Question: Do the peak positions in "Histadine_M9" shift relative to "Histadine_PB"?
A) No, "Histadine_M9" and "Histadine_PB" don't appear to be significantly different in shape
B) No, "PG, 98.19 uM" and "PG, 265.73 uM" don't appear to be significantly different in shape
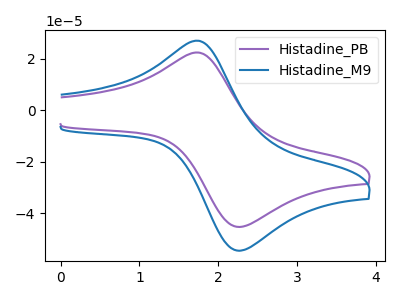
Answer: <think>The purple curve "Histadine_PB" has an anodic peak at (1.75V, 22.50uA) and a cathodic peak at (2.20V, -45.05uA). The blue curve "Histadine_M9" has an anodic peak at (1.75V, 27.05uA) and a cathodic peak at (2.20V, -54.25uA).
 All the peaks in "Histadine_M9" have a peak in "Histadine_PB" at the same potential. Every peak in "Histadine_M9" is higher than every peak in "Histadine_PB".</think>
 <answer>A) No, "Histadine_M9" and "Histadine_PB" don't appear to be significantly different in shape</answer>
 <eval>A</eval>